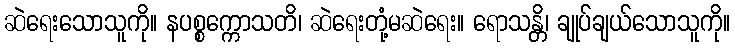
ဆဲရေးသောသူကို။ နပစ္စက္ကောသတိ၊ ဆဲရေးတုံ့မဆဲရေး။ ရောသန္တိ၊ ချုပ်ချယ်သောသူကို။